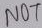
Text: NOT